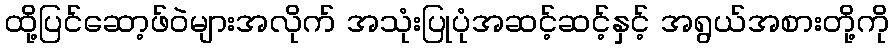
ထို့ပြင်ဆော့ဖ်ဝဲများအလိုက် အသုံးပြုပုံအဆင့်ဆင့်နှင့် အရွယ်အစားတို့ကို